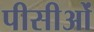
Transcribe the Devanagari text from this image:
पीसीओं